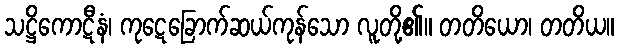
သဋ္ဌိကောဋီနံ၊ ကုဋေခြောက်ဆယ်ကုန်သော လူတို့၏။ တတိယော၊ တတိယ။